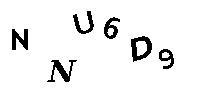
NNU6D9